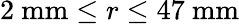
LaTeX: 2\ \mathrm{mm}\le r\le 47\ \mathrm{mm}